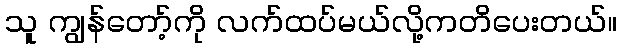
သူ ကျွန်တော့်ကို လက်ထပ်မယ်လို့ကတိပေးတယ်။